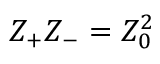
{ Z _ { \mathrm { { + } } } } { Z _ { \mathrm { { - } } } } = Z _ { 0 } ^ { 2 }